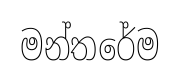
මන්තරේම